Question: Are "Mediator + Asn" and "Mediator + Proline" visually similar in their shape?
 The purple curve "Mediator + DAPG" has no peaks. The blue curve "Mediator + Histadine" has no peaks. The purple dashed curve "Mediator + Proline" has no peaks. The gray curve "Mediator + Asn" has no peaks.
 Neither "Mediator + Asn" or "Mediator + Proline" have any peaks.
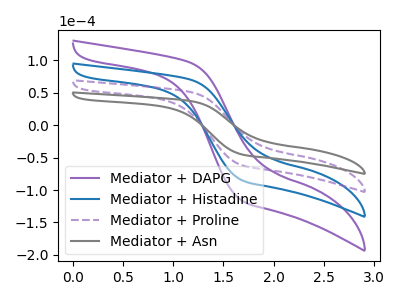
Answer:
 <answer>"Mediator + Asn" and "Mediator + Proline" are similar in shape.</answer>
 <eval>same_shape</eval>